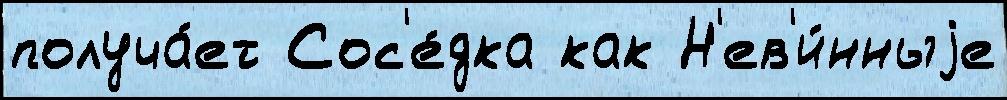
получа́ет Сос'е́дка как Н'ев'и́нныjе